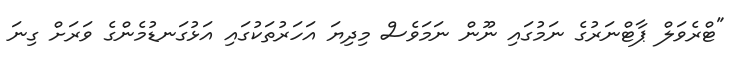
"ޓްރެވަލް ޕާޓްނަރުގެ ނަމުގައި ނޫން ނަމަވެސް މިދިޔަ އަހަރުތަކުގައި އަޅުގަނޑުމެންގެ ވަރަށް ގިނަ